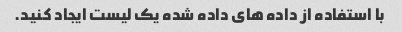
با استفاده از داده های داده شده یک لیست ایجاد کنید.